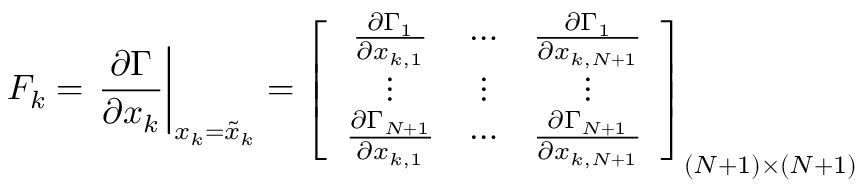
F _ { k } = \left. \frac { \partial \Gamma } { \partial x _ { k } } \right| _ { x _ { k } = \tilde { x } _ { k } } = \left[ \begin{array} { c c c } { \frac { \partial \Gamma _ { 1 } } { \partial x _ { k , 1 } } } & { \cdots } & { \frac { \partial \Gamma _ { 1 } } { \partial x _ { k , N + 1 } } } \\ { \vdots } & { \vdots } & { \vdots } \\ { \frac { \partial \Gamma _ { N + 1 } } { \partial x _ { k , 1 } } } & { \cdots } & { \frac { \partial \Gamma _ { N + 1 } } { \partial x _ { k , N + 1 } } } \end{array} \right] _ { ( N + 1 ) \times ( N + 1 ) }